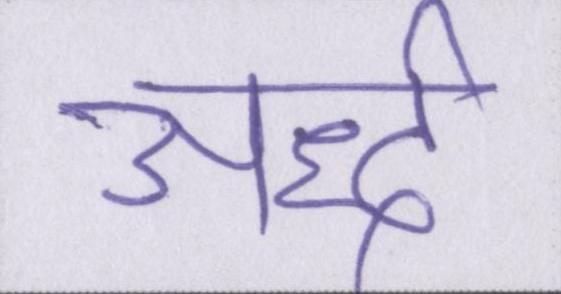
अर्द्ध